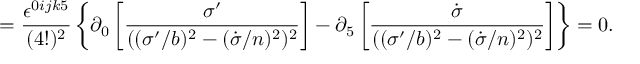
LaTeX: = \frac { \epsilon ^ { 0 i j k 5 } } { ( 4 ! ) ^ { 2 } } \left\{ \partial _ { 0 } \left[ \frac { \sigma ^ { \prime } } { ( ( \sigma ^ { \prime } / b ) ^ { 2 } - ( \dot { \sigma } / n ) ^ { 2 } ) ^ { 2 } } \right] - \partial _ { 5 } \left[ \frac { \dot { \sigma } } { ( ( \sigma ^ { \prime } / b ) ^ { 2 } - ( \dot { \sigma } / n ) ^ { 2 } ) ^ { 2 } } \right] \right\} = 0 .